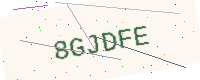
Text: 8GJDFE